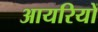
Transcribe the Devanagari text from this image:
आयरियों